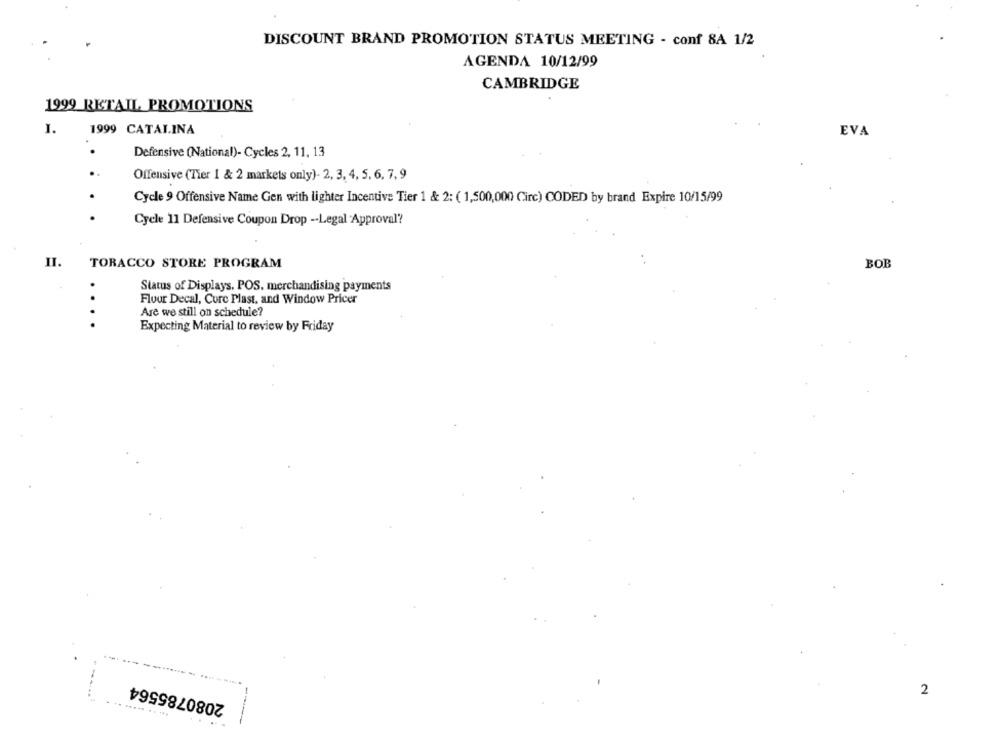
DISCOUNT BRAND PROMOTION STATUS MEETING - conf 8A 1/2
AGENDA 10/12/99
CAMBRIDGE
1999 RETAIL PROMOTIONS
1.
1999 CATALINA
EVA
Defensive (National)- Cycles 2, 11, 13
Offensive (Tier 1 & 2 markets only)- 2, 3, 4, 5, 6, 7, 9
Cycle 9 Offensive Name Gen with lighter Incentive Tier 1 & 2: ( 1,500,000 Circ) CODED by brand Expire 10/15/99
Cycle 11 Defensive Coupon Drop -- Legal Approval?
II.
TORACCO STORE PROGRAM
BOB
Status of Displays, POS, merchandising payments
Flour Decal, Core Plast, and Window Pricer
Are we still on schedule?
Expecting Material to review by Friday
2080785564
2